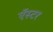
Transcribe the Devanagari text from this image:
ऍस्टर